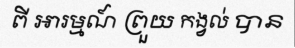
ពី អារម្មណ៍ ព្រួយ កង្វល់ បាន